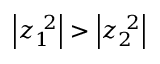
\left| z _ { 1 } ^ { \ 2 } \right| > \left| z _ { 2 } ^ { \ 2 } \right| \,